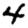
Digit: 4